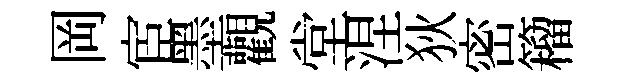
岡宦墨觀堂涅狄密籕